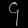
Digit: ၄